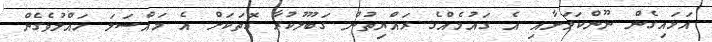
އަޅައިގެން ނޫންކަމަށާއި އެ ގައުމެއްގެ ރައްޔިތުން ގަބޫލުކުރާ ގޮތަކަށް އެ މައްސަލަ ހައްލުވެގެން